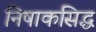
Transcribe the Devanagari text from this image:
निषाकसिद्ध